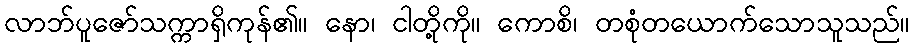
လာဘ်ပူဇော်သက္ကာရှိကုန်၏။ နော၊ ငါတို့ကို။ ကောစိ၊ တစုံတယောက်သောသူသည်။